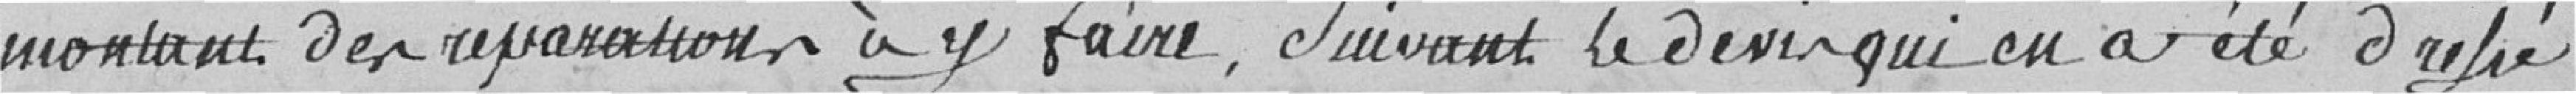
montant des réparations à y faire , Suivant le devis qui en a été dressé